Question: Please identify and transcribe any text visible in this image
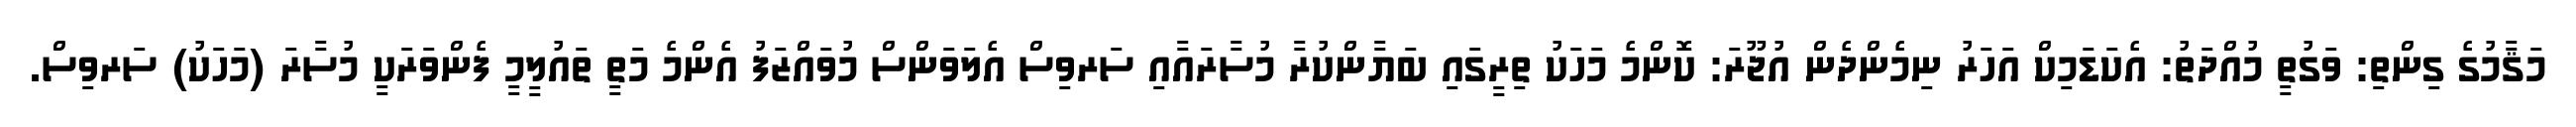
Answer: މަޤާމުގެ ގިންތި: ވަގުތީ މުއްދަތު: އެކަޑަމިކް އަހަރު ނިމެންދެން އުޖޫރަ: ކޮންމެ މަހަކު ތިރީގައި ބަޔާންކުރާ މުސާރައާއި ސަރވިސް އެލަވަންސް މުވައްޒަފު އެންމެ މަތީ ތައުލީމީ ފެންވަރަކީ މުސާރަ (މަހަކު) ސަރވިސް.